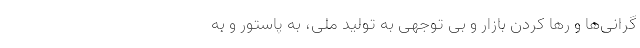
گرانی‌ها و رها کردن بازار و بی توجهی به تولید ملی، به پاستور و به